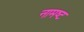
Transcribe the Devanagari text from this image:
नामष्ट